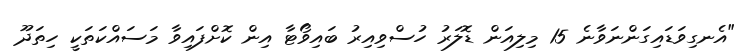
"އެނގިވަޑައިގަންނަވާނެ 15 މިލިއަން ޑޮލަރު ހުސްވިއިރު ބައިވޯޓާ އިން ކޮށްފައިވާ މަސައްކަތަކީ ހިތަދޫ